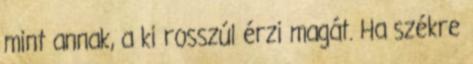
mint annak, a ki rosszúl érzi magát. Ha székre